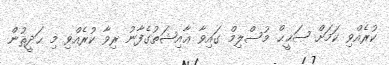
ކުރެއްވި ކަމަށް ޞަޙީޙް މުސްލިމް ގައިވާ ޢާއިޝަތުގެފާނު ރިވާ ކުރެއްވި މި ޙަދީޘުން